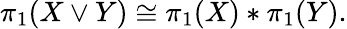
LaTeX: \pi_{1}(X\vee Y)\cong\pi_{1}(X)*\pi_{1}(Y).